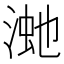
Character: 𣸚